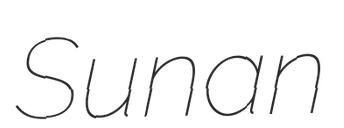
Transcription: Sunan